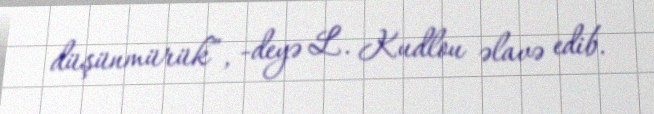
düşünmürük”, -deyə L. Kudlou əlavə edib.